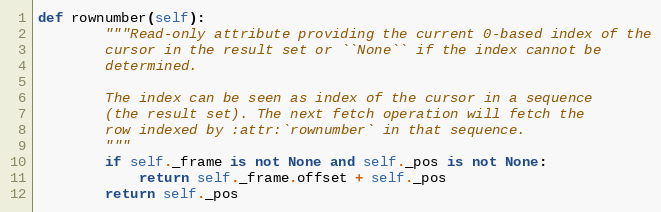
Language: Python
def rownumber(self):
        """Read-only attribute providing the current 0-based index of the
        cursor in the result set or ``None`` if the index cannot be
        determined.

        The index can be seen as index of the cursor in a sequence
        (the result set). The next fetch operation will fetch the
        row indexed by :attr:`rownumber` in that sequence.
        """
        if self._frame is not None and self._pos is not None:
            return self._frame.offset + self._pos
        return self._pos